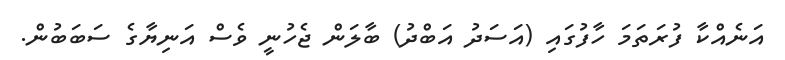
އަނެއްކާ ފުރަތަމަ ހާފުގައި (އަސަދު އަބްދު) ބާލަން ޖެހުނީ ވެސް އަނިޔާގެ ސަބަބުން.